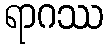
ရာဂဿ